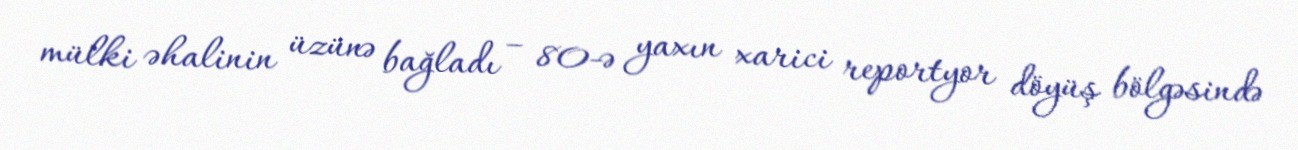
mülki əhalinin üzünə bağladı – 80-ə yaxın xarici reportyor döyüş bölgəsində